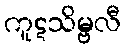
ကူဋသိမ္ဗလီ